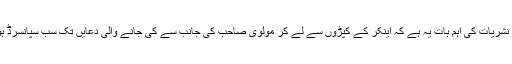
رمضان نشریات کی اہم بات یہ ہے کہ اینکر کے کپڑوں سے لے کر مولوی صاحب کی جانب سے کی جانے والی دعایں تک سب سپانسرڈ ہوتی ہیں۔